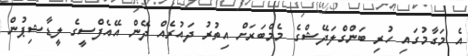
އެ މަގާމުގައި ހުރި ބަންގްލަދޭޝްގެ މެމްބަރަށް އިތުރު ދައުރެއް ދޭން އޭއެފްސީގެ ލީޑާޝިޕުން